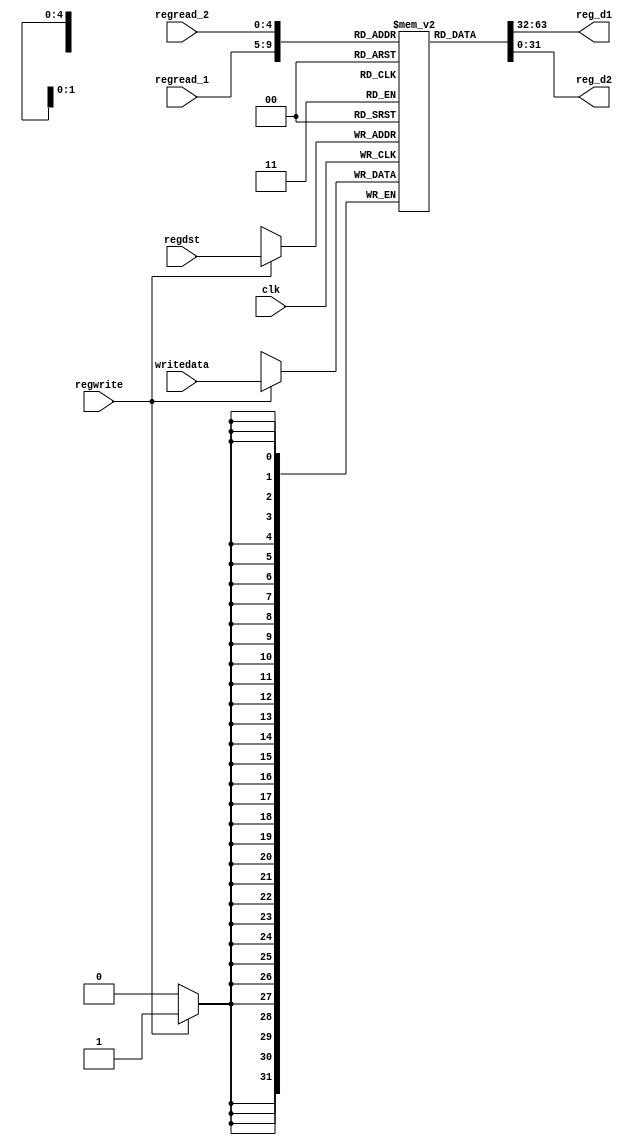
`timescale 1ns / 1ps
//////////////////////////////////////////////////////////////////////////////////
// Company: 
// Engineer: 
// 
// Design Name: 
// Module Name:    Reg_File 
// Project Name: 
// Target Devices: 
// Tool versions: 
// Description: 
//
// Dependencies: 
//
// Revision: 
// Revision 0.01 - File Created
// Additional Comments: 
//
//////////////////////////////////////////////////////////////////////////////////
module Reg_File(input clk, input [31:0] writedata, input regwrite, input [4:0] regread_1, input [4:0] regread_2,
					 input [4:0] regdst, output wire [31:0] reg_d1, output wire [31:0] reg_d2);	
					 
	reg[31:0] memory [0:31];
	
	always @(posedge clk)
	begin
		if(regwrite)
		 memory[regdst] <= writedata;
	end

	assign reg_d1 = memory[regread_1];
	assign reg_d2 = memory[regread_2];
	

endmodule